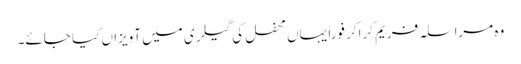
وہ مراسلہ فریم کراکر فوراً یہاں محفل کی گیلری میں آویزاں کیا جائے۔